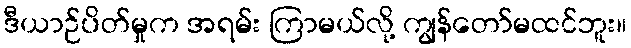
ဒီယာဉ်ပိတ်မှုက အရမ်း ကြာမယ်လို့ ကျွန်တော်မထင်ဘူး။